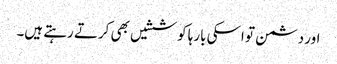
اور دشمن تو اسکی بارہا کوششیں بھی کرتے رہتے ہیں۔